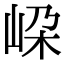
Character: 𡶲